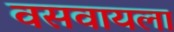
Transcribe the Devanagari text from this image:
वसवायला